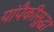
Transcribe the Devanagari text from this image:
यांपैकीसुद्धा